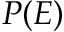
P ( E )